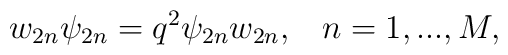
w_{2n} \psi_{2n} = q^2 \psi_{2n} w_{2n} , \;\;\; n = 1,...,M ,